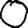
Digit: 0